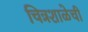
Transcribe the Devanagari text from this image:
चित्रशाळेची